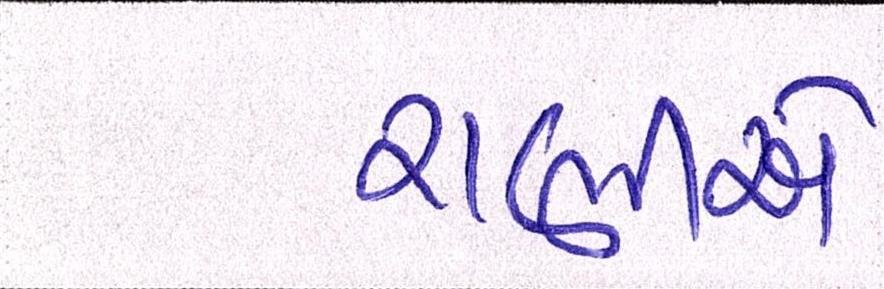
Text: રાણીએ